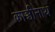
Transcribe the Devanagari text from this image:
काञ्चीनाथ